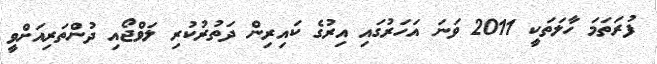
ފުރަތަމަ ހާލަތަކީ 2011 ވަނަ އަހަރުގައި އިރުގެ ކައިރިން ދަތުރުކުރި ލަވްޖޯއި ދުންތަރިއަށްވީ